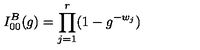
I _ { 0 0 } ^ { B } ( g ) = \prod _ { j = 1 } ^ { r } ( 1 - g ^ { - w _ { j } } )